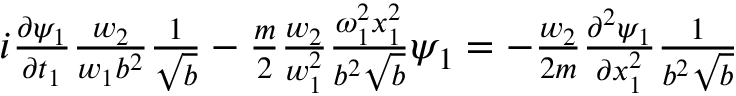
\begin{array} { r } { i \frac { \partial \psi _ { 1 } } { \partial t _ { 1 } } \frac { w _ { 2 } } { w _ { 1 } b ^ { 2 } } \frac { 1 } { \sqrt { b } } - \frac { m } { 2 } \frac { w _ { 2 } } { w _ { 1 } ^ { 2 } } \frac { \omega _ { 1 } ^ { 2 } x _ { 1 } ^ { 2 } } { b ^ { 2 } \sqrt { b } } \psi _ { 1 } = - \frac { w _ { 2 } } { 2 m } \frac { \partial ^ { 2 } \psi _ { 1 } } { \partial x _ { 1 } ^ { 2 } } \frac { 1 } { b ^ { 2 } \sqrt { b } } } \end{array}